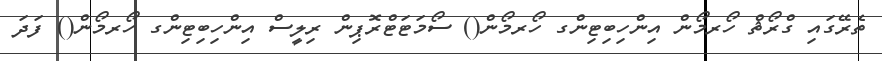
ތެރޭގައި ގްރޯޘް ހޯރމޯން އިންހިބިޓިންގ ހޯރމޯން() ސޯމަޓަޓްރޮޕިން ރިލީސް އިންހިބިޓިންގ ހޯރމޯން() ފަދަ